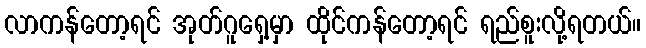
လာကန်တော့ရင် အုတ်ဂူရှေ့မှာ ထိုင်ကန်တော့ရင် ရည်စူးလို့ရတယ်။